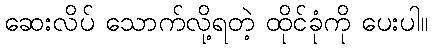
ဆေးလိပ် သောက်လို့ရတဲ့ ထိုင်ခုံကို ပေးပါ။